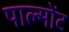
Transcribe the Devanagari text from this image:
पाल्मोंट